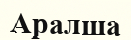
Аралша